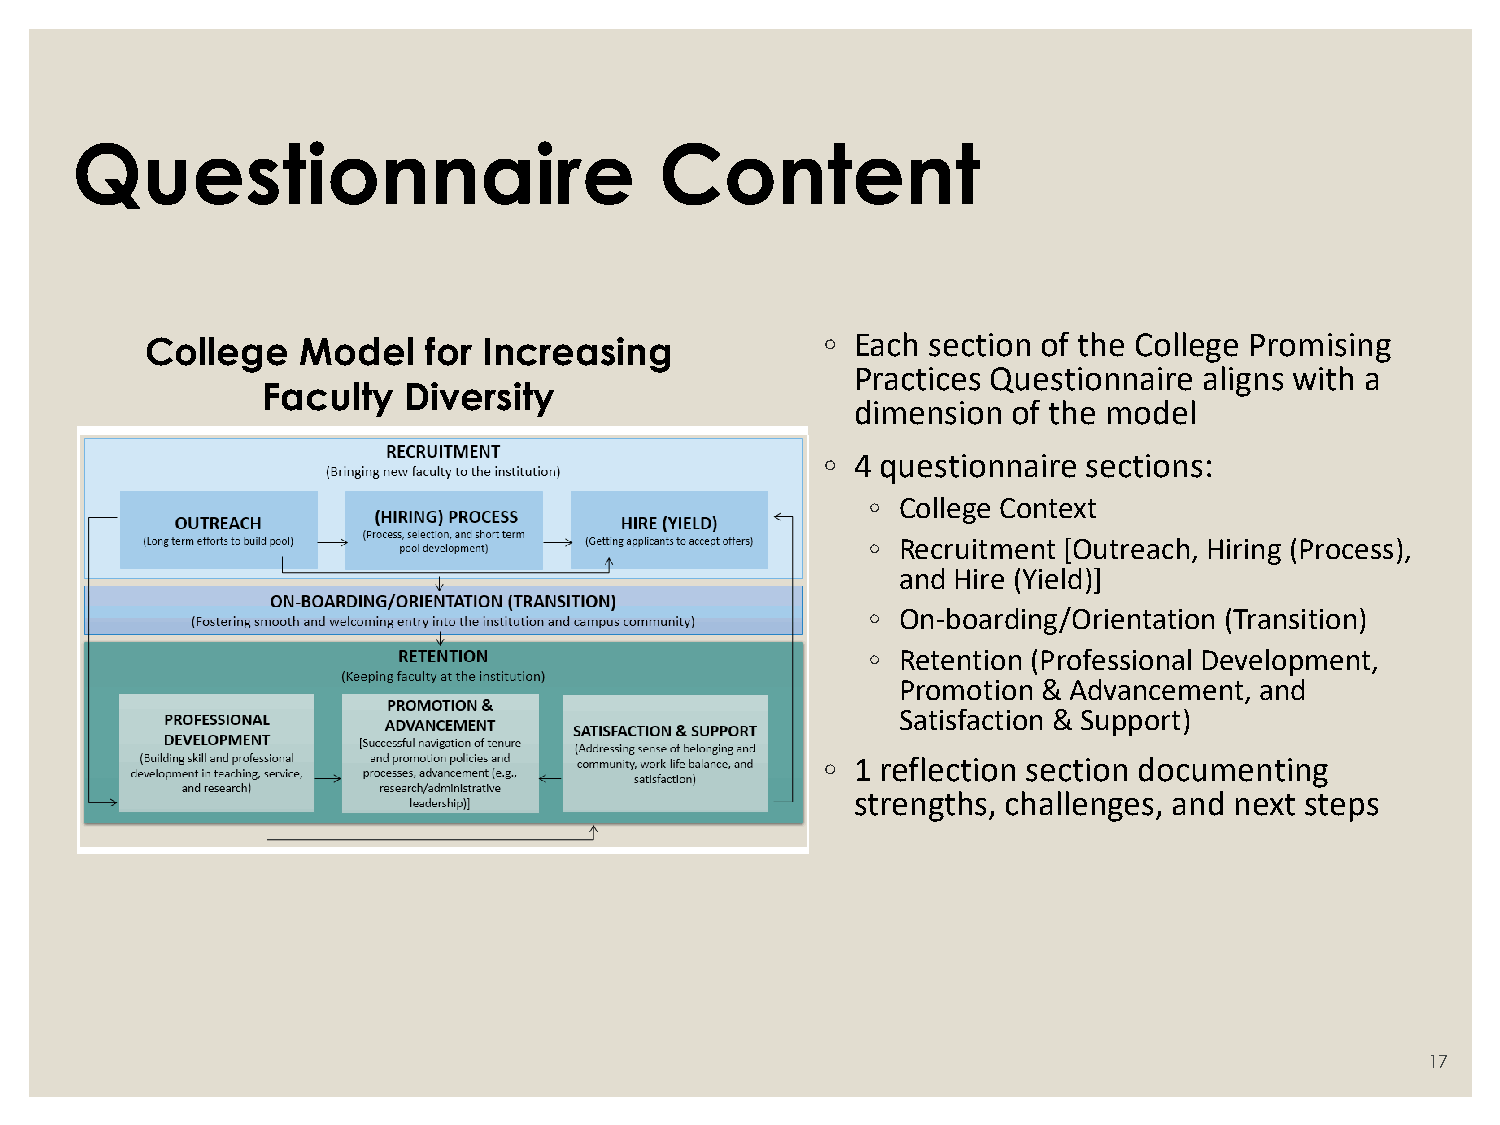
Questionnaire                          Content
 College   Model   for Increasing             ◦ Each section of the College Promising
 Practices Questionnaire aligns with a
 Faculty   Diversity
 dimension of the model
 ◦ 4 questionnaire sections:
 ◦ College Context
 ◦ Recruitment [Outreach, Hiring (Process),
 and Hire (Yield)]
 ◦ On-boarding/Orientation (Transition)
 ◦ Retention (Professional Development,
 Promotion & Advancement, and
 Satisfaction & Support)
 ◦ 1 reflection section documenting
 strengths, challenges, and next steps
 17